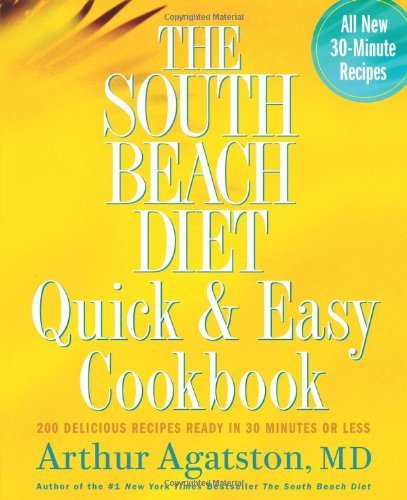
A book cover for South Beach Diet Quick and Easy Cookbook,200 Delicious Recipes Ready in 30 Minutes or Less, 2005 publication; Arthur Agatston; Health, Fitness & Dieting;